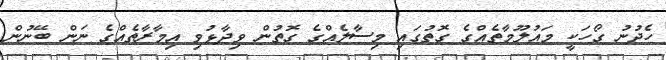
ހެދުނު ގޯހަކީ މައުލޫމާތެއްގެ ގޮތުގައި މިސާލެއްގެ ގޮތުން ވިދާޅުވި އިމާރާތެއްގެ ނަން ބޭނުން